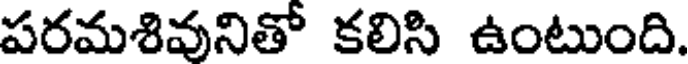
పరమశివనితో కలిసి ఉంటుంది.